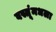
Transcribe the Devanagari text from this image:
वस्तूंमधला